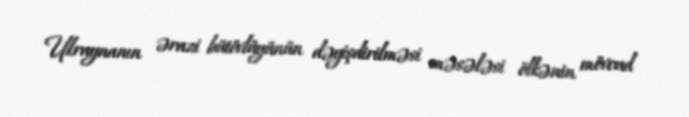
Ukraynanın ərazi bütövlüyünün dəyişdirilməsi məsələsi ölkənin mövcud